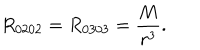
R _ { 0 2 0 2 } = R _ { 0 3 0 3 } = \frac M { r ^ { 3 } } .